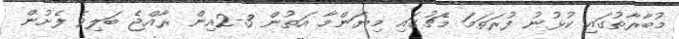
މުބާރާތުގައި ކުޅުނު ފުރަތަމަ މެޗުގައި މިޔަންމާ އަތުން 3-2އިން ރާއްޖެ ބަލިވެ ފެށުން